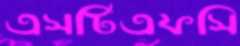
এসটিএফসি